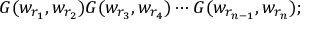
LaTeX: G ( w _ { r _ { 1 } } , w _ { r _ { 2 } } ) G ( w _ { r _ { 3 } } , w _ { r _ { 4 } } ) \cdots G ( w _ { r _ { n - 1 } } , w _ { r _ { n } } ) ;